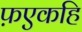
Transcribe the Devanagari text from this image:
फ़एकहि